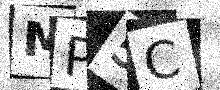
Text: MP5C